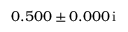
\hphantom { - } 0 . 5 0 0 \pm 0 . 0 0 0 \, \mathrm { i }